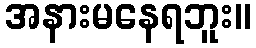
အနားမနေရဘူး။